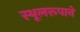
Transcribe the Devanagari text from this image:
स्थूलरूपाने